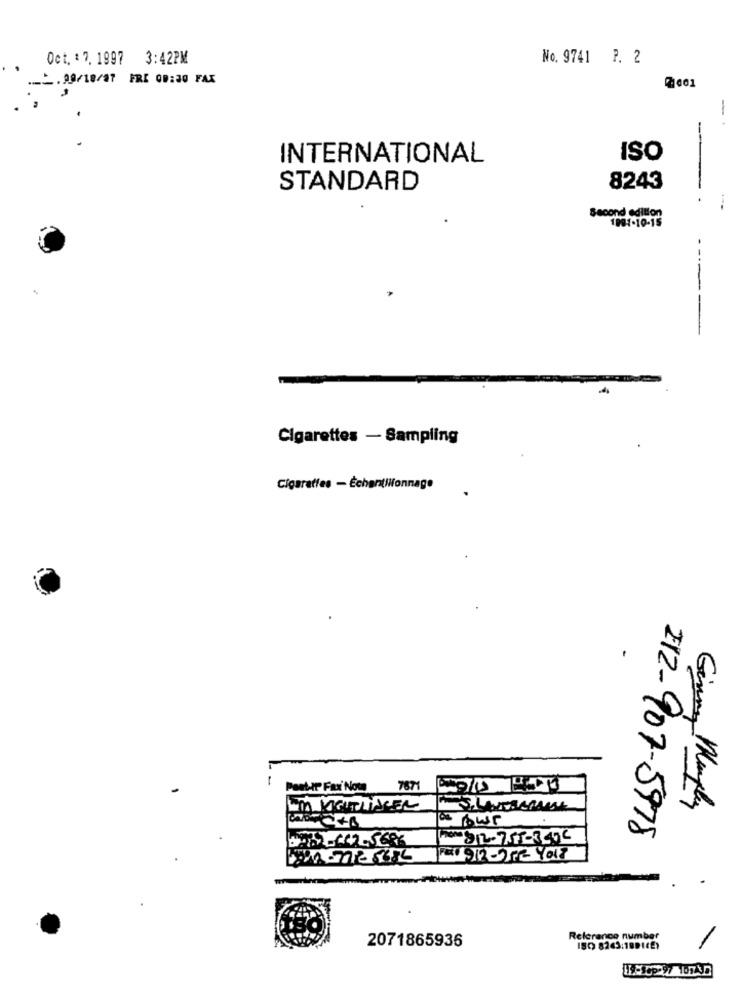
Oct. : 7. 1997 3:42PM
No. 9741 P. 2
- . 99/18/27 FRE 09:30 FAX
7:001
-
INTERNATIONAL
ISO
STANDARD
8243
-
Second edition
1991-10-15
----
Cigarettes - Sampling
Cigarettes - Échantillonnage
-
Post-IP Fax' Now
7671
Ginny Murphy
29
212-907-5978
Reference number
2071865936